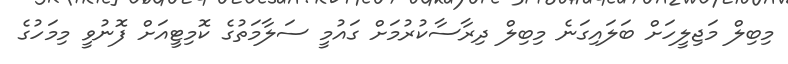
މިބިލް މަޖިލީހަށް ބަލައިގަނެ މިބިލް ދިރާސާކުރުމަށް ގައުމީ ސަލާމަތުގެ ކޮމިޓީއަށް ފޮނުވީ މިމަހުގެ